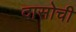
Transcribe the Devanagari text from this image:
दासोची